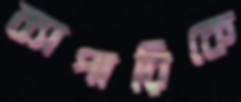
ব্যাপারিকে